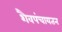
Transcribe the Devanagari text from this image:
शैवपंचायतन